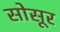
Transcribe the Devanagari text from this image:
सोसूर